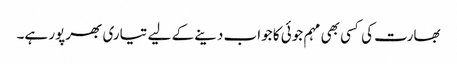
بھارت کی کسی بھی مہم جوئی کا جواب دینے کے لیے تیاری بھرپور ہے۔